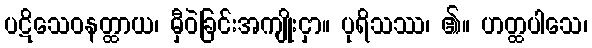
ပဋိသေဝနတ္ထာယ၊ မှီဝဲခြင်းအကျိုးငှာ။ ပုရိသဿ၊ ၏။ ဟတ္ထပါသေ၊